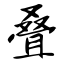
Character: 叠